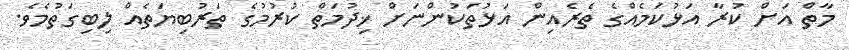
މާތް އަށް ކުރާ އަޅުކަމެއްގެ ތެރެއިން އަޅުތަކުންނަށް ޚިދުމަތް ކުރުމުގެ ތަރުބިޔަތެއް ލިބިގަތުމެވެ.